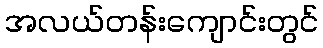
အလယ်တန်းကျောင်းတွင်